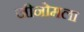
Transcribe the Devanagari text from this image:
जीनोमला